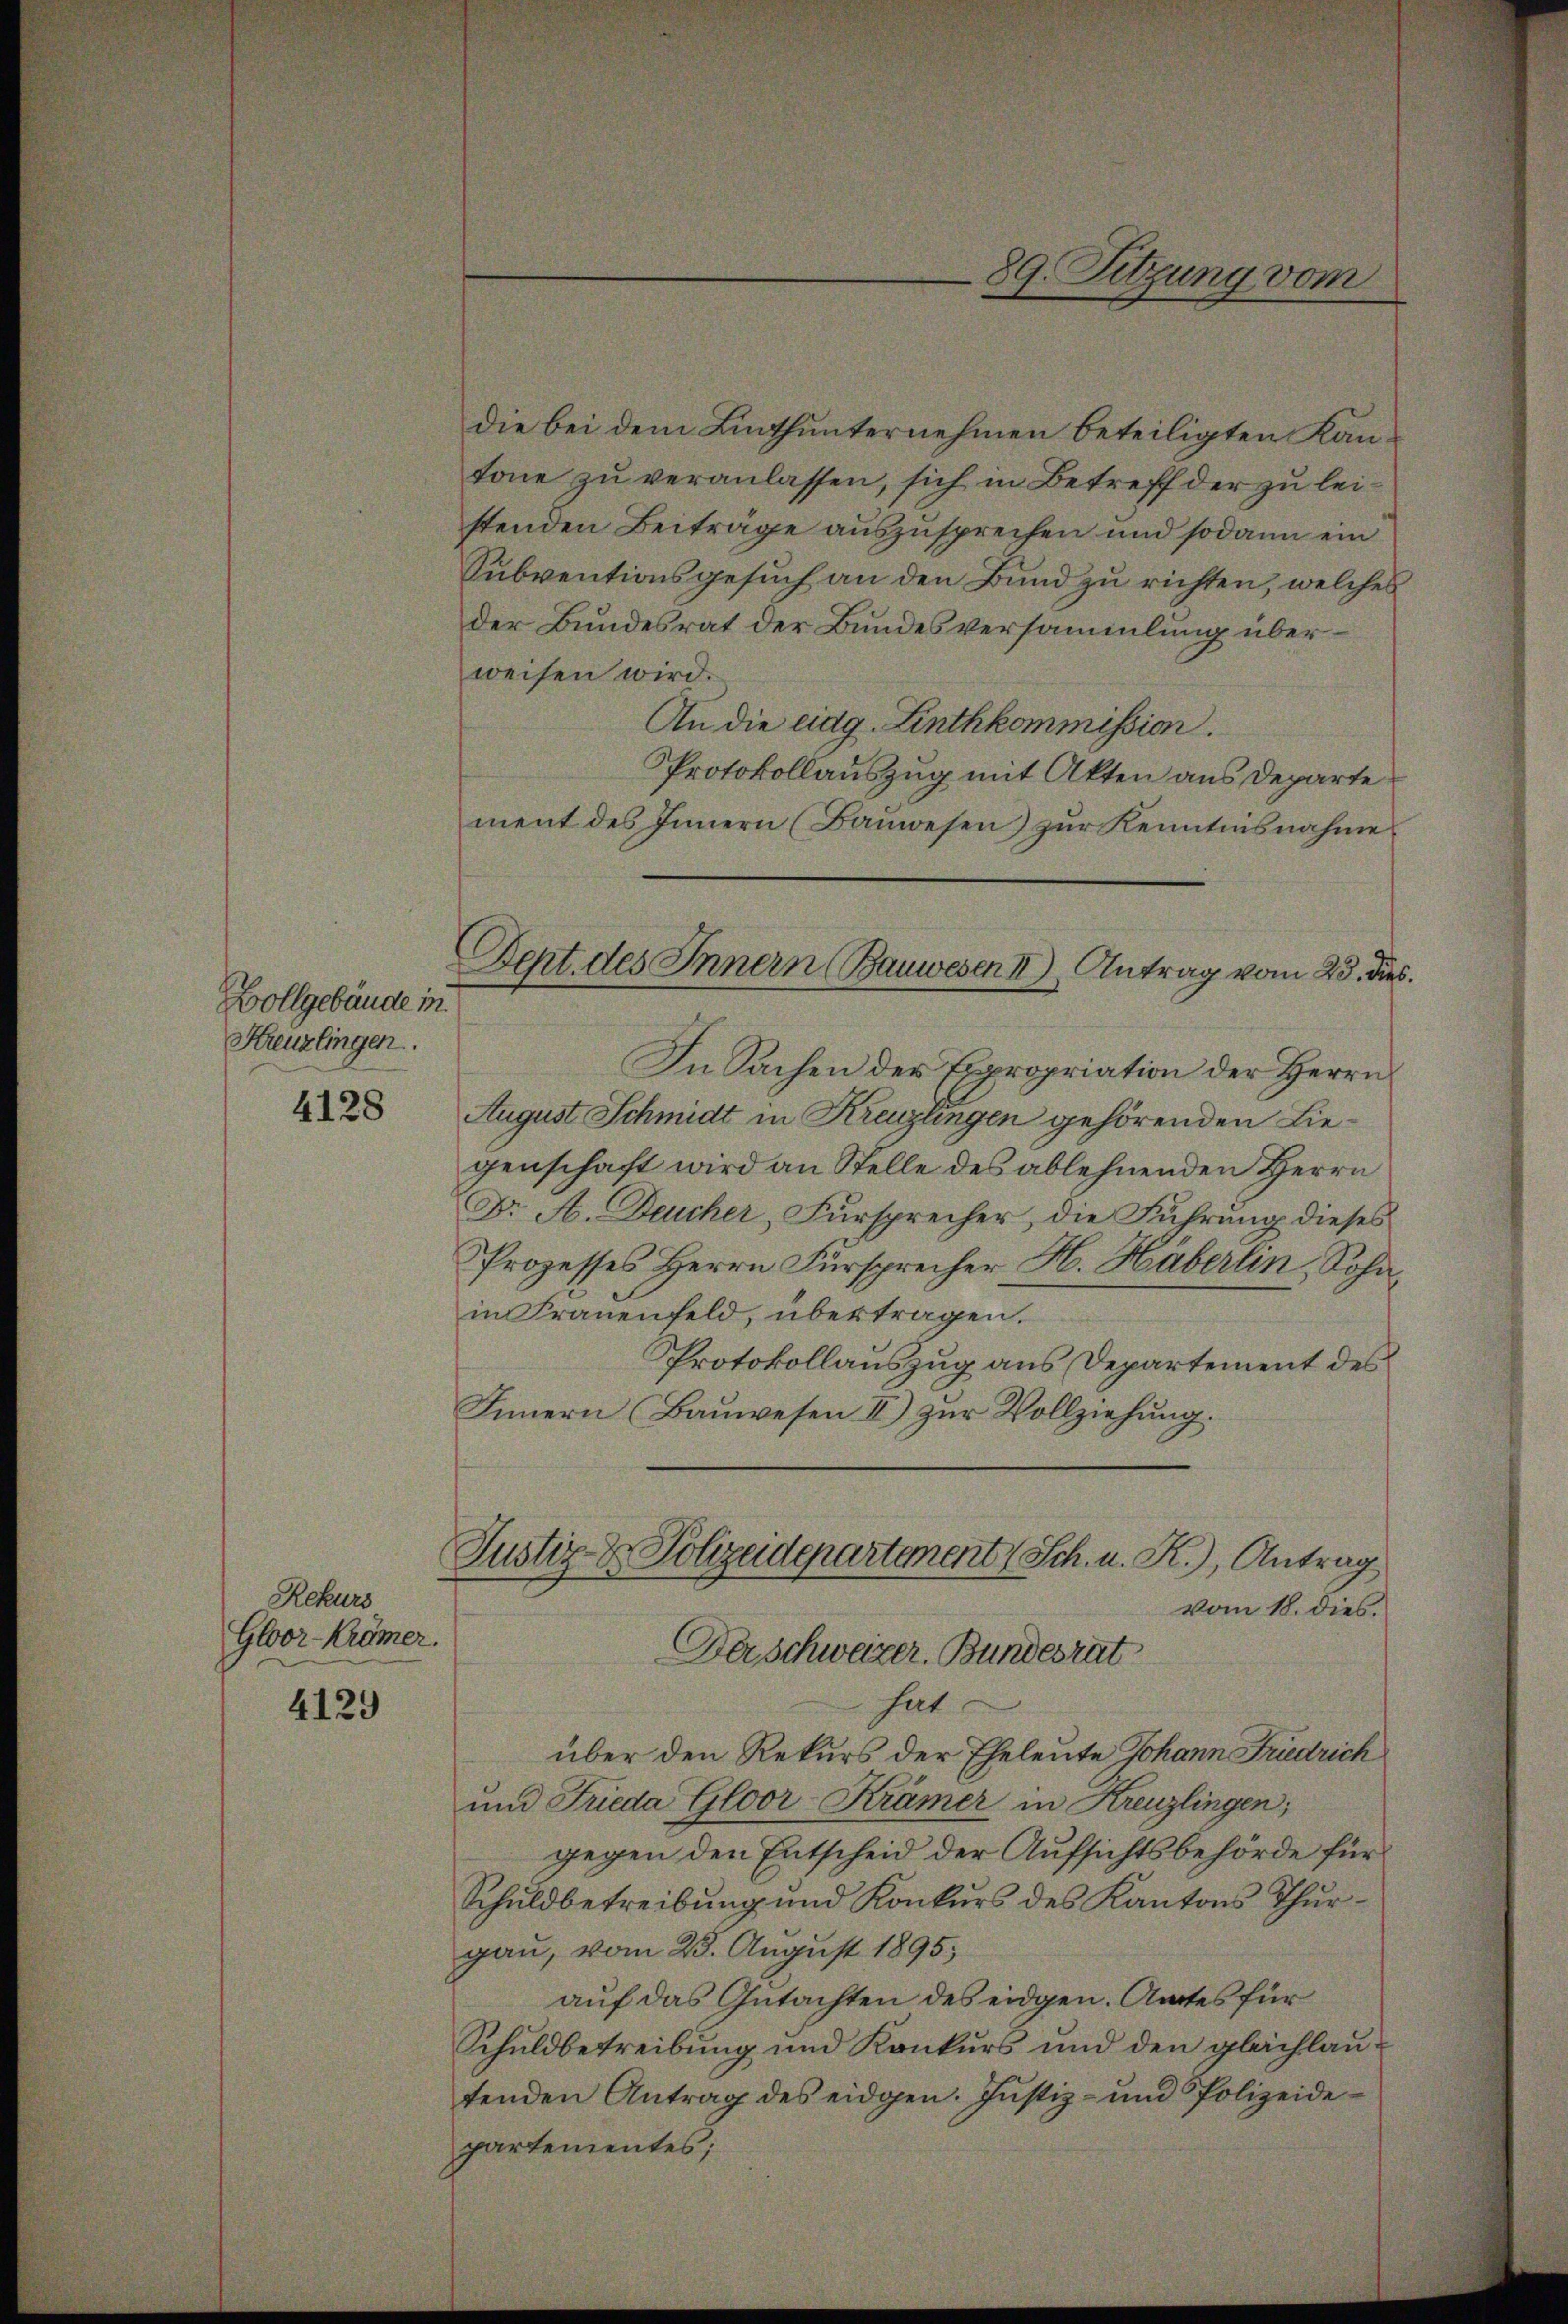
Vollgebäude in
Kreuzlingen.

4128

Rekurs
Gloor-Krämer.

4129

Dept. des Innern (Bauwesen II) Antrag vom 23. dies

die bei dem Linthunternehmen beteiligten Kantone zu veranlassen, sich in Betreff der zu leistenden Beiträge auszusprechen und sodann ein
Subventionsgesuch an den Bund zu richten, welches
der Bundesrat der Bundesversammlung überweisen wird.
An die eidg. Linthkommission.
Protokollauszug mit Akten aus Departe
ment des Innern (Bauwesen) zur Kenntnisnahme
In Sachen der Expropriation der Herrn
August Schmidt in Kreuzlingen gehörenden Liegenschaft wird an Stelle des ablehnenden Herrn
Dr. A. Deucher, Fürsprecher, die Führung dieses
Prozesses Herrn Fürsprecher H. Häberlin, Sohn,
in Frauenfeld, übertragen.
Protokollauszug aus Departement des
Innern (Bauwesen II.) zur Vollziehung.
Justiz & Polizeidepartement Sch. u. R.), Antrag
vom 18. dies.
Fer schweizer. Bundesrat
hat
über den Rekurs der Eheleute Johann Friedrich
und Frieda Gloor-Krämer in Kreuzlingen;
gegen den Entscheid der Aufsichtsbehörde für
Schuldbetreibŭng und Konkŭrs des Kantons Thurgau, vom 23. August 1895,
auf das Gutachten des eidgen. Amtes für
Schuldbetreibung und Konkurs und den glachlautenden Antrag des eidgen. Justiz- und Polizeidepartementes;

89. Sitzung vom